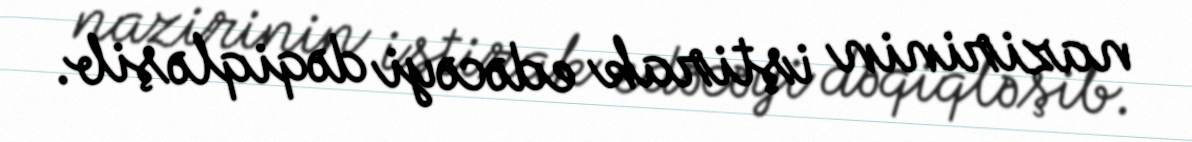
nazirinin iştirak edəcəyi dəqiqləşib.